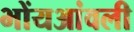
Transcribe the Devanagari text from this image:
भोंयआंवली